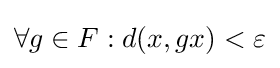
\forall g\in F:d(x,gx)<\varepsilon